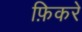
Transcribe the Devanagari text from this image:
फ़िकरे